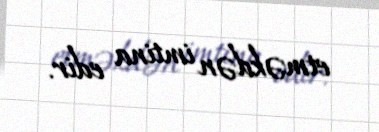
etməkdən imtina edir.